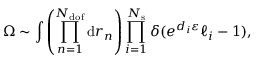
\Omega \sim \int { \left( \prod _ { n = 1 } ^ { N _ { \mathrm { d o f } } } { \mathrm { d } r _ { n } } \right) \prod _ { i = 1 } ^ { N _ { \mathrm { s } } } { \delta ( e ^ { d _ { i } \varepsilon } \ell _ { i } - 1 ) } } ,